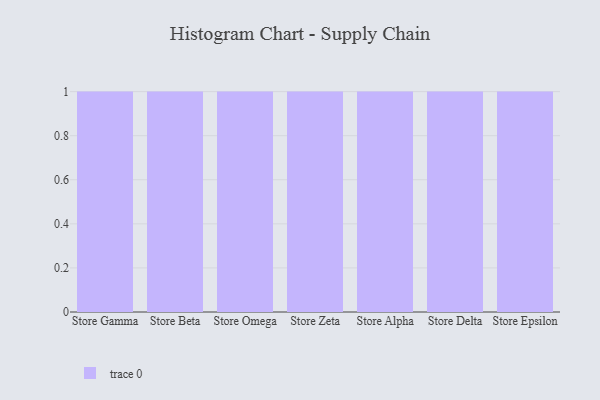
{"axis": {"x": "Store", "y": "Page Views"}, "legend": [""], "data": [{"x": "Store Gamma", "y": 99, "type": ""}, {"x": "Store Beta", "y": 11, "type": ""}, {"x": "Store Omega", "y": 54, "type": ""}, {"x": "Store Zeta", "y": 54, "type": ""}, {"x": "Store Alpha", "y": 100, "type": ""}, {"x": "Store Delta", "y": 62, "type": ""}, {"x": "Store Epsilon", "y": 62, "type": ""}]}